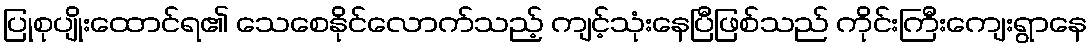
ပြုစုပျိုးထောင်ရ၏ သေစေနိုင်လောက်သည့် ကျင့်သုံးနေပြီဖြစ်သည် ကိုင်းကြီးကျေးရွာနေ